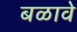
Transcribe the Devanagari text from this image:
बळावे